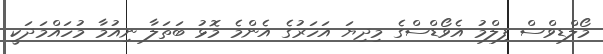
މޯލްޑިވްސް ފިލްމު އެވޯޑްސްގެ މިދިޔަ އަހަރުގެ އެންމެ މޮޅު ބަތަލާ ނިއުމާ މުހައްމަދަކީ